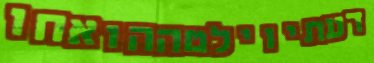
דעתיוילטההואחו